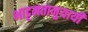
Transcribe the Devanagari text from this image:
भाट्टमतानुयायी